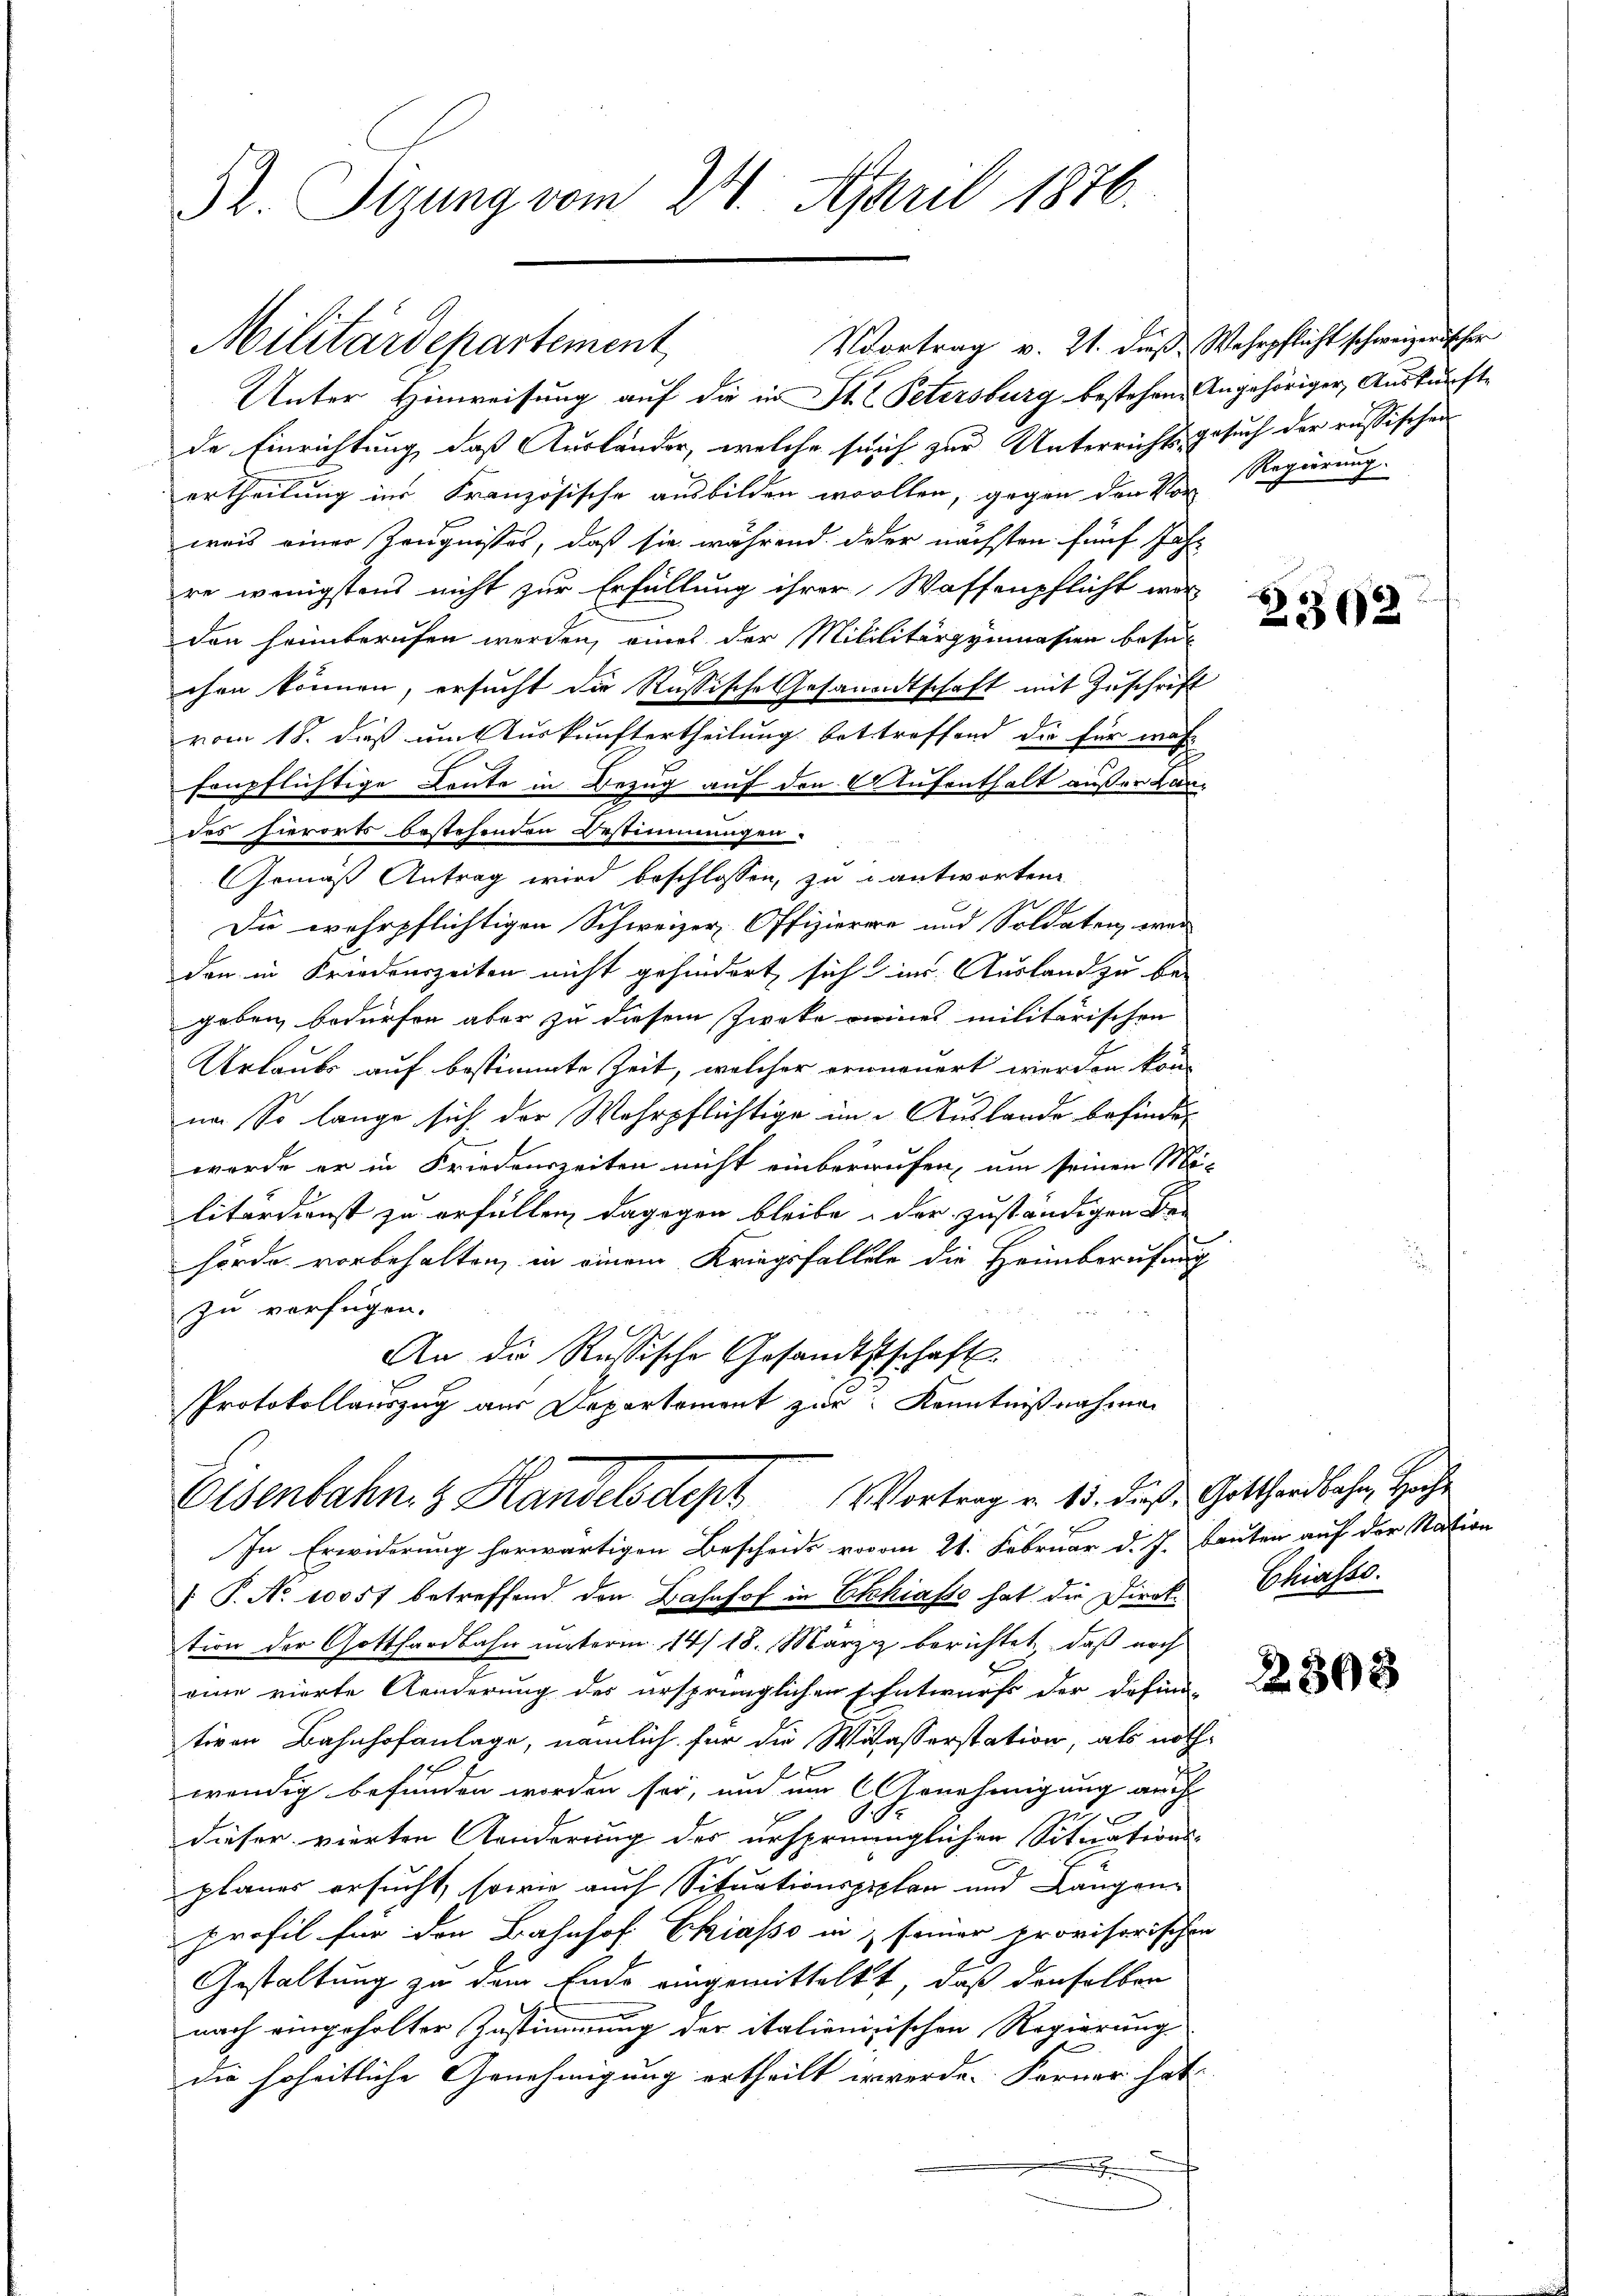
52. Sizung vom 24. April 1876.

Unter Hinweisung auf die in St. C. Petersburg bestehen. Angehöriger Auskunfte
de Einrichtung, daß Ausländer, welche sich zur Unterrichtsgesuch der russischen
ertheilung ins Französische ausbilden wolten, gegen den Von Regierung.
wais einer Zeugnisses, daß sie während der nächsten fünf Jahr
re wenigstens nicht zur Erfüllung ihrer Waffenpflicht war
den heimberufen werden, eines der Mililitärgymnasien besechen können, ersucht die Russische Gesandtschaft mit Zuschrift
vom 18. dieß um Auskunftertheilung bettreffend die für wähfonpflichtige Leute in Bezug auf den Aufenthalt außer Landes hierorts bestehenden Bestimmungen.
Die wehrpflichtigen Schweizer-Offizierere und Soldaten, war
den in Friedenszeiten nicht gehindert sich ins Ausland zu be-
geben bedürfen aber zu diesem Zwecke eines militärischen
Urlaube auf bestimmte Zeit, welcher erneuert werden kön-
na So lange sich der Wehrpflichtige im Auslande befindet
werde er in Friedenszeiten nicht einberaufen, um seinen Militärdienst zu erfüllen, dagegen bleibe, der zuständigen Be-
¬
hörde vorbehalten, in einem Kriegsfallele die Heimberufung
zu verfügen.
An die Russische Gesandtstschaft
Protokollauszug aus Departement zur Kenntnißnahme

Militärdepartement,

Gemäß Antrag wird beschlossen, zu antworten

Olsenbahn & Handelsdept Vortrag v. 15. dieß Gotthardbahn, Hoch
In Erwiderung herwärtigen Bescheids vovom 21. Februar d. J. beuten auf der Station

P. No 10057 betreffend den Bahnhof in Ethiasso hat die Direk Chiasso.
tion der Gotthardbahn unterm 14/18. März berichtet, daß noch
eine vierte Aenderung des ursprünglichen Entwurfs der defind-
tiven Bahnhofanlage, nämlich für die Waasserstation, als nothwendig befunden worden sei, und um Genehmigung auch
dieser vierten Kanderung der ursprünglichen Situations-
planes ersucht, sowie auch Situationspichen und Längenprofil für den Bahnhof Chiasso in & seiner provisorischen
Gestaltung zu dem Ende eingemittelt, daß denselben
nach eingeholter Zustimmung der italienisischen Regierung
die hoheitliche Genehmigung ertheilt erwerde. Ferner hat
s

Vortrag v. 21. dieß. Wehrpflicht schweizerischer

2302

2303